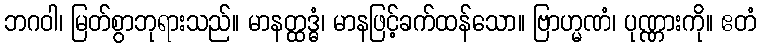
ဘဂဝါ၊ မြတ်စွာဘုရားသည်။ မာနတ္ထဒ္ဓံ၊ မာနဖြင့်ခက်ထန်သော။ ဗြာဟ္မဏံ၊ ပုဏ္ဏားကို။ ဧတံ